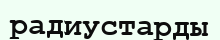
радиустарды